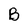
Character: B